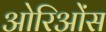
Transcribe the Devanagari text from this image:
ओरिओंस